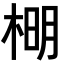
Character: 𣔂